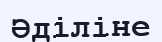
Әділіне